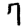
Digit: 7